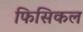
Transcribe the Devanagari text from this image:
फिसिकल